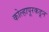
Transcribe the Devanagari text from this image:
कोल्हापूरकडून